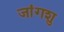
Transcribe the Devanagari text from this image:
जांगशु